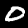
Label: 0